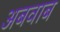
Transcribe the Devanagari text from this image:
अबवाब